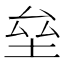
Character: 垒